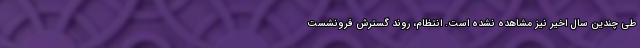
طی چندین سال اخیر نیز مشاهده نشده است. انتظام، روند گسترش فرونشست